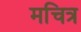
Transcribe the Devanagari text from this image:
मचित्र